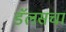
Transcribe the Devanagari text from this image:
डॅलसचा